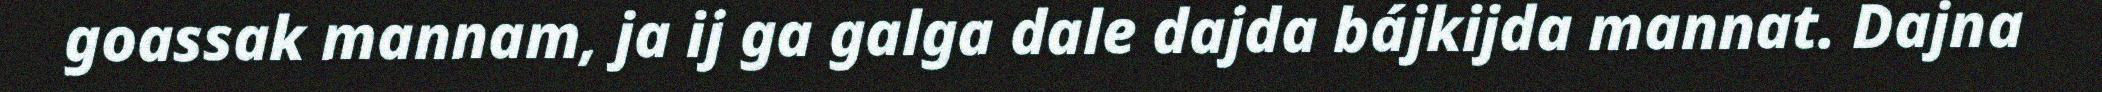
goassak mannam, ja ij ga galga dale dajda bájkijda mannat. Dajna